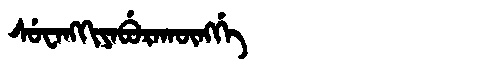
Manchu: ᠰᡠᠸᠠᠩᡴᡳᠶᠠᠪᡠᡵᠠᡴᡡᠩᡤᡝ
Romanization: SUWANGKIYABURAKŪNGGE